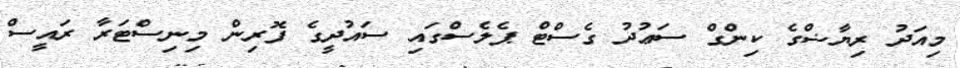
މިއަދު ރިޔާޟްގެ ކިންގް ސަޢުދު ގެސްޓް ޕެލެސްގައި ސައުދީގެ ފޮރިން މިނިސްޓަރާ ރައީސް